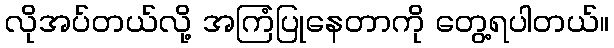
လိုအပ်တယ်လို့ အကြံပြုနေတာကို တွေ့ရပါတယ်။